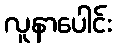
လူနာပေါင်း